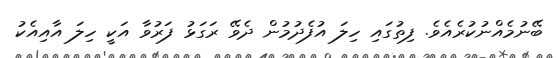
ބޭނުމެއްނުކުރެއެވެ. ފިތުގައި ހިލަ އުފެދުމުން ދެވޭ ރަގަޅު ފަރުވާ އަކީ ހިލަ އާއިއެކު